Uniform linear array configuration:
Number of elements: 24
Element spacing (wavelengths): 0.75
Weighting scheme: kaiser
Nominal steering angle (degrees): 45
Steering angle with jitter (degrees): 45.706
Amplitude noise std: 0.05
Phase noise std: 0.05

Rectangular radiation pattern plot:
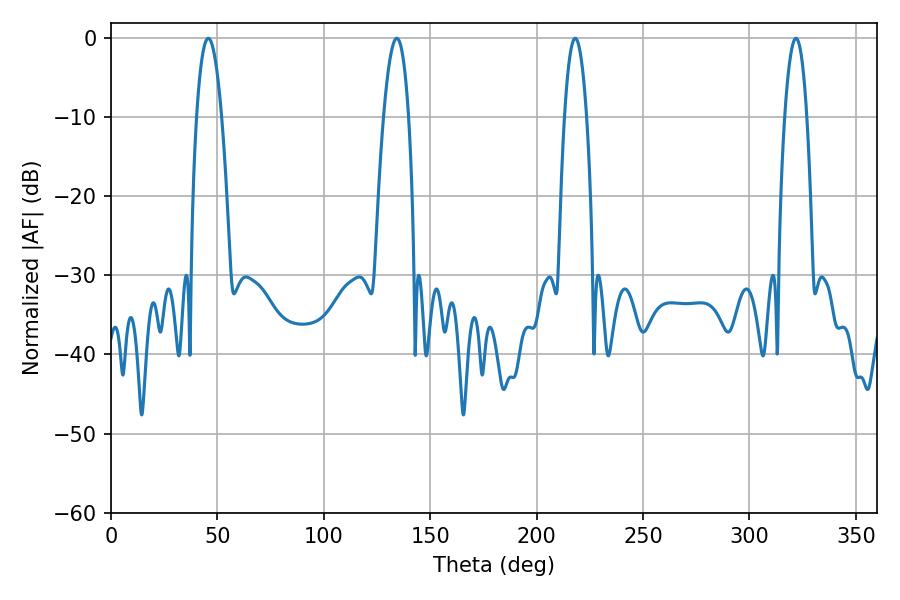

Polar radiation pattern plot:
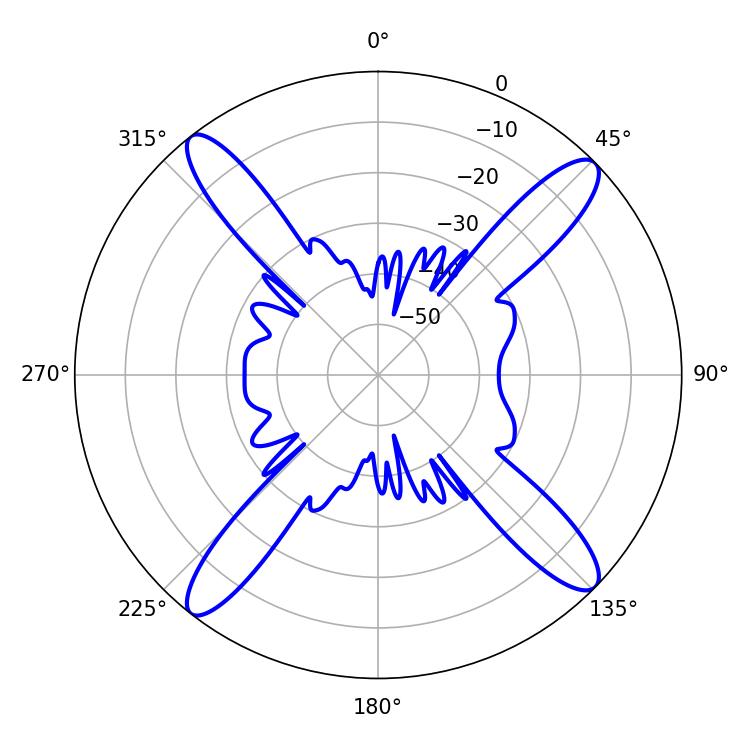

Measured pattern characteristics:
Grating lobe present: TRUE
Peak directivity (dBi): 16.796
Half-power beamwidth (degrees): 6.48
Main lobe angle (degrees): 45.72